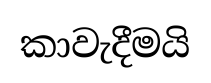
කාවැදීමයි